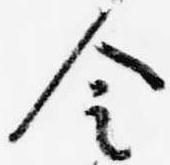
令